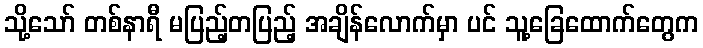
သို့သော် တစ်နာရီ မပြည့်တပြည့် အချိန်လောက်မှာ ပင် သူ့ခြေထောက်တွေက